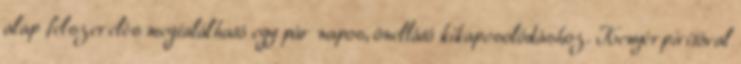
alap felszerelés megtalálható egy pár napos, önellátó kikapcsolódáshoz. Kenyérpirítóval